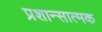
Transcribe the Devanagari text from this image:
प्रशान्सात्मक